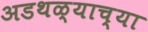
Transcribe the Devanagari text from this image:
अडथळ्याच्या